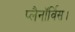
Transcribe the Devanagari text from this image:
प्लैनॉर्विस।